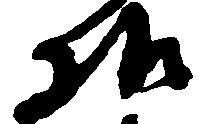
様